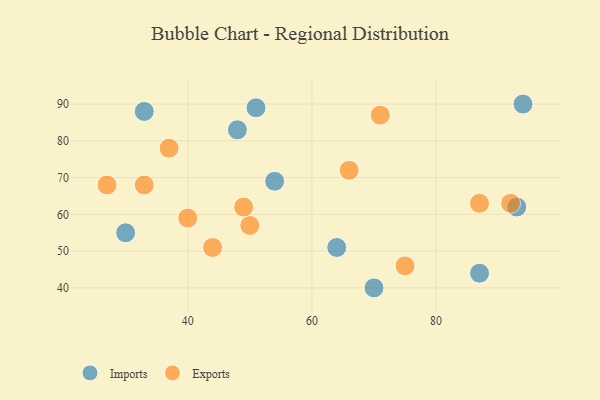
{"axis": {"x": "GDP", "y": "Life Expectancy"}, "legend": ["Exports", "Imports"], "data": [{"x": "70", "y": 40, "type": "Imports"}, {"x": "87", "y": 44, "type": "Imports"}, {"x": "54", "y": 69, "type": "Imports"}, {"x": "93", "y": 62, "type": "Imports"}, {"x": "48", "y": 83, "type": "Imports"}, {"x": "33", "y": 88, "type": "Imports"}, {"x": "94", "y": 90, "type": "Imports"}, {"x": "51", "y": 89, "type": "Imports"}, {"x": "64", "y": 51, "type": "Imports"}, {"x": "30", "y": 55, "type": "Imports"}, {"x": "33", "y": 68, "type": "Exports"}, {"x": "44", "y": 51, "type": "Exports"}, {"x": "71", "y": 87, "type": "Exports"}, {"x": "66", "y": 72, "type": "Exports"}, {"x": "50", "y": 57, "type": "Exports"}, {"x": "40", "y": 59, "type": "Exports"}, {"x": "75", "y": 46, "type": "Exports"}, {"x": "37", "y": 78, "type": "Exports"}, {"x": "92", "y": 63, "type": "Exports"}, {"x": "27", "y": 68, "type": "Exports"}, {"x": "87", "y": 63, "type": "Exports"}, {"x": "49", "y": 62, "type": "Exports"}]}